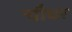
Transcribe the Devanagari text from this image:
चौधर